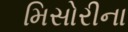
મિસોરીના